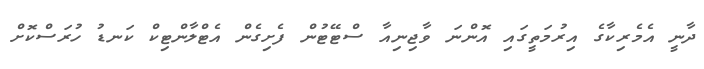
ދާނީ އެމެރިކާގެ އިރުމަތީގައި އޮންނަ ވާޖިނިއާ ސްޓޭޓުން ފެށިގެން އެޓްލާންޓިކް ކަނޑު ހުރަސްކޮށް